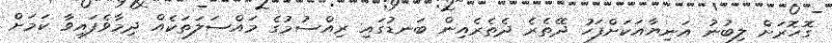
ގޮހޮރަށް ލިބުނު އަނިޔާއަކަށްފަހު ދޭތެރެ ދެތެރެއިން ބަނޑުގައި ރިއްސުމުގެ މައްސަލަތަކެއް ދިމާވެފައިވާ ކަމަށް